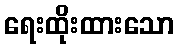
ရေးထိုးထားသော